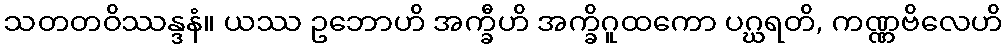
သတတဝိဿန္ဒနံ။ ယဿ ဥဘောဟိ အက္ခီဟိ အက္ခိဂူထကော ပဂ္ဃရတိ, ကဏ္ဏဗိလေဟိ